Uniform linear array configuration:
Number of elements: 12
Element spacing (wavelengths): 0.25
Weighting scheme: uniform
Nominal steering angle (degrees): -15
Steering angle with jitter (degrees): -15.821
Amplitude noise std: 0.05
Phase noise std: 0.05

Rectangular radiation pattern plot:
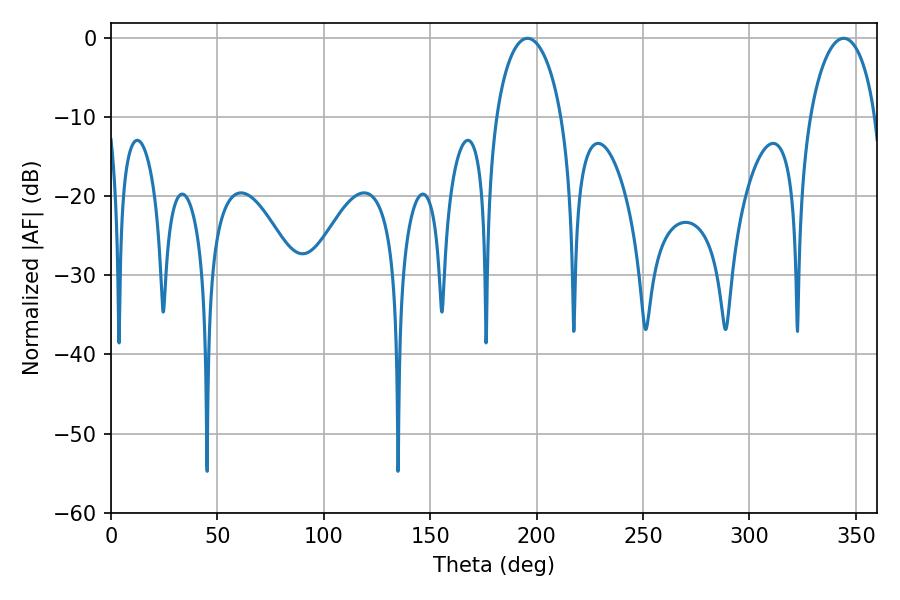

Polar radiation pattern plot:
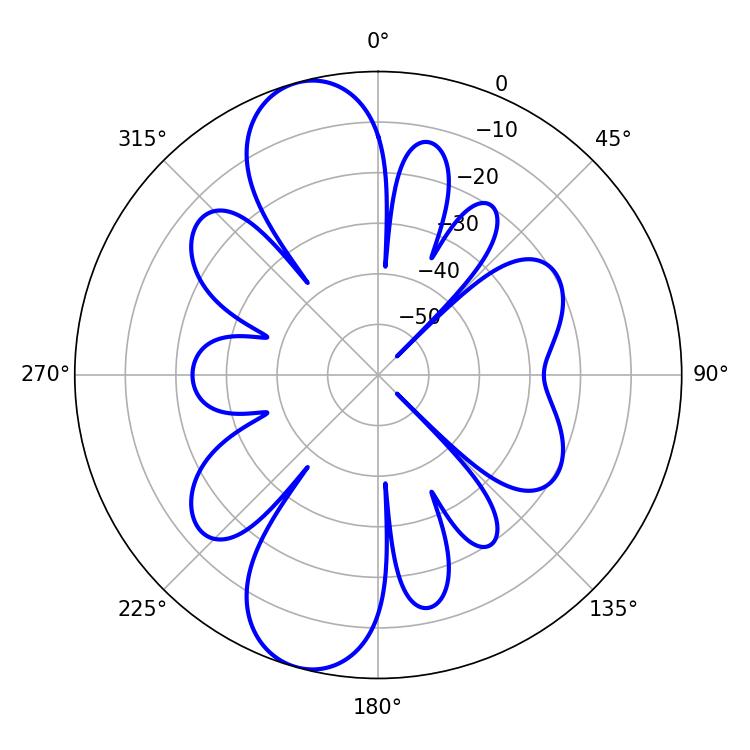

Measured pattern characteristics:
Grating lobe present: FALSE
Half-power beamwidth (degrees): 17.82
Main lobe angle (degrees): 195.66